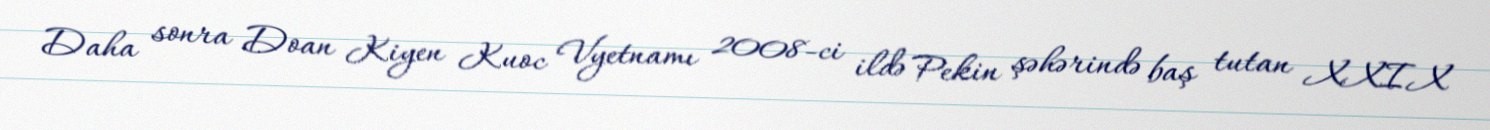
Daha sonra Doan Kiyen Kuoc Vyetnamı 2008-ci ildə Pekin şəhərində baş tutan XXIX